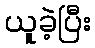
ယူခဲ့ပြီး